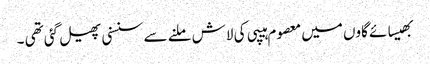
بھیسائے گاوں میں معصوم ہیپی کی لاش ملنے سے سنسنی پھیل گئی تھی ۔